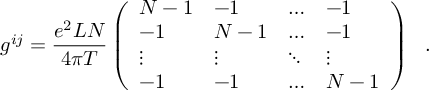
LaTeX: g ^ { i j } = \frac { e ^ { 2 } L N } { 4 \pi T } \left( \begin{array} { l l l l } { { N - 1 } } & { { - 1 } } & { { \ldots } } & { { - 1 } } \\ { { - 1 } } & { { N - 1 } } & { { \ldots } } & { { - 1 } } \\ { { \vdots } } & { { \vdots } } & { { \ddots } } & { { \vdots } } \\ { { - 1 } } & { { - 1 } } & { { \ldots } } & { { N - 1 } } \end{array} \right) \ \ .